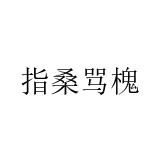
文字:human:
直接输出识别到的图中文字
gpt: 指桑骂槐